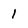
Character: 1